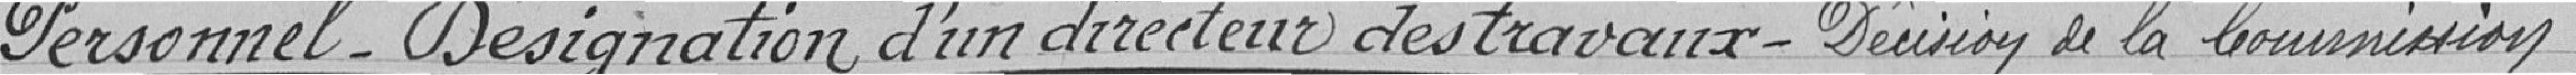
Personnel - Désignation d'un directeur des travaux - Décision de la Commission.